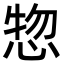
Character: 惣